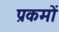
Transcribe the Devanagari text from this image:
प्रकमों